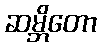
ဆမ္ဘိတော